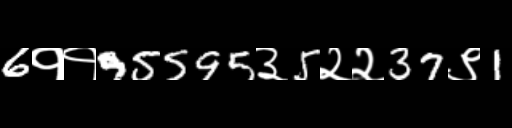
Text: 6११95595३5२२37९1